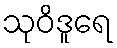
သုဝိဒူရေ